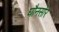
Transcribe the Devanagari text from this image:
घौनसोर